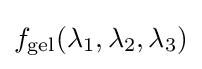
f_{\text{gel}}(\lambda _{1},\lambda _{2},\lambda _{3})